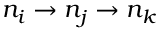
n _ { i } \rightarrow n _ { j } \rightarrow n _ { k }